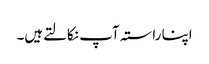
اپنا راستہ آپ نکالتےہیں۔